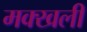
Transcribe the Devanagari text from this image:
मक्खली